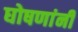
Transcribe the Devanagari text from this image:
घोषणांनी